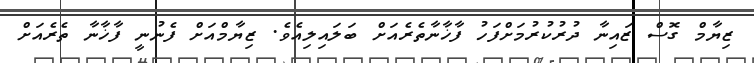
ޒިޔާމް ގޮސް ޒައިނާ ދުރުކުރުމަށްފަހު ފާޚާނާތެރެއަށް ބަލައިލިއެވެ. ޒިޔާމްއަށް ފެނުނީ ފާޚާނާ ތެރެއަށް